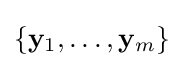
{\textstyle \left\{\mathbf {y} _{1},\ldots ,\mathbf {y} _{m}\right\}}